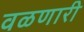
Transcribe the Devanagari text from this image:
वळणारी